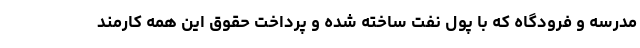
مدرسه و فرودگاه که با پول نفت ساخته شده و پرداخت حقوق این همه کارمند